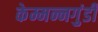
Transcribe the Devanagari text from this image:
केम्मन्नगुंडी